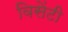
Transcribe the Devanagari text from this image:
विसेंटी